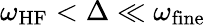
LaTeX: \omega_{\mathrm{HF}}<\Delta\ll\omega_{\mathrm{fine}}